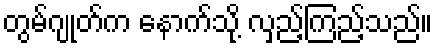
တွမ်ဂျုတ်က နောက်သို့ လှည့်ကြည့်သည်။